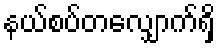
နယ်စပ်တလျှောက်ရှိ